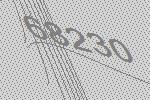
68230